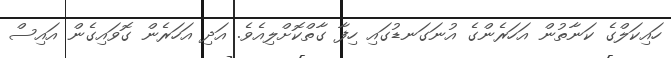
ހައިކަލްގެ ކަނާތުން އަހަރެންގެ އުނަގަނޑުގައި ހިފާ ގާތްކޮށްލިއެވެ. އަދި އަހަރެން ގޮވައިގެން އައިސް